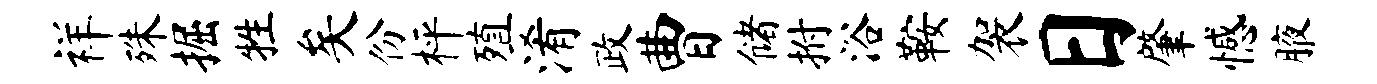
祥殊掘牲矣份枰殖淆政曹储拊浴鞍袈日肇憾腋